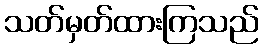
သတ်မှတ်ထားကြသည်